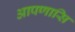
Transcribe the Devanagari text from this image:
आपणासि